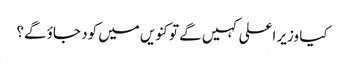
کیا وزیر اعلی کہیں گے تو کنویں میں کود جاؤ گے؟